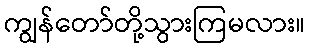
ကျွန်တော်တို့သွားကြမလား။